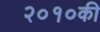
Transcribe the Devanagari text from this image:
२०१०की